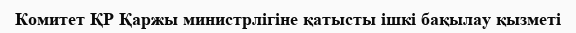
Комитет ҚР Қаржы министрлігіне қатысты ішкі бақылау қызметі